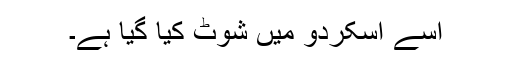
اسے اسکردو میں شوٹ کیا گیا ہے۔